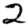
Digit: 2